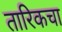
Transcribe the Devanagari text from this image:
तारिकचा